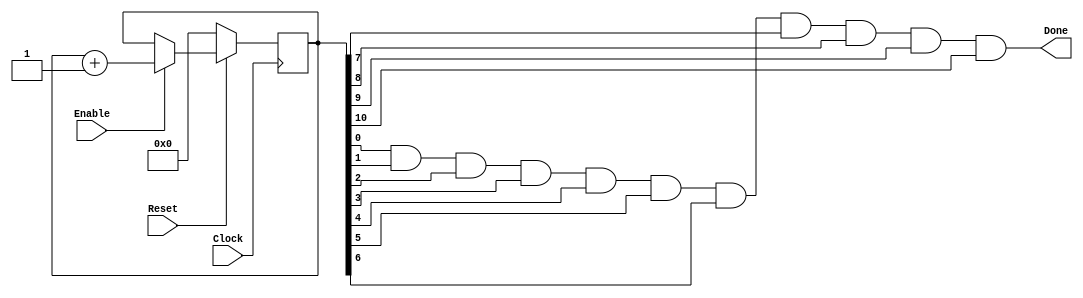
`ifndef elevenBitUpCount
`define elevenBitUpCount

module elevenBitUpCount(Enable, Clock, Reset, Done);
    input Enable;
    input Clock;
    input Reset;

    reg [10:0] count;

    output Done;

    always @(posedge Clock) begin
        if (~Reset) begin
            count <= 11'h0; // Reset the counter to zero
        end else begin
            if (Enable) begin
                count <= count + 1'b1; // Increment the counter
            end
        end
    end

    assign Done = count[0] & count[1] & count[2] & count[3] & count[4] & count[5] & count[6] & count[7] & count[8] & count[9] & count[10];
endmodule

`endif